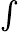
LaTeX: \textstyle\int